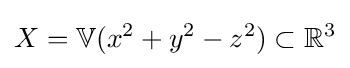
X=\mathbb {V} (x^{2}+y^{2}-z^{2})\subset \mathbb {R} ^{3}